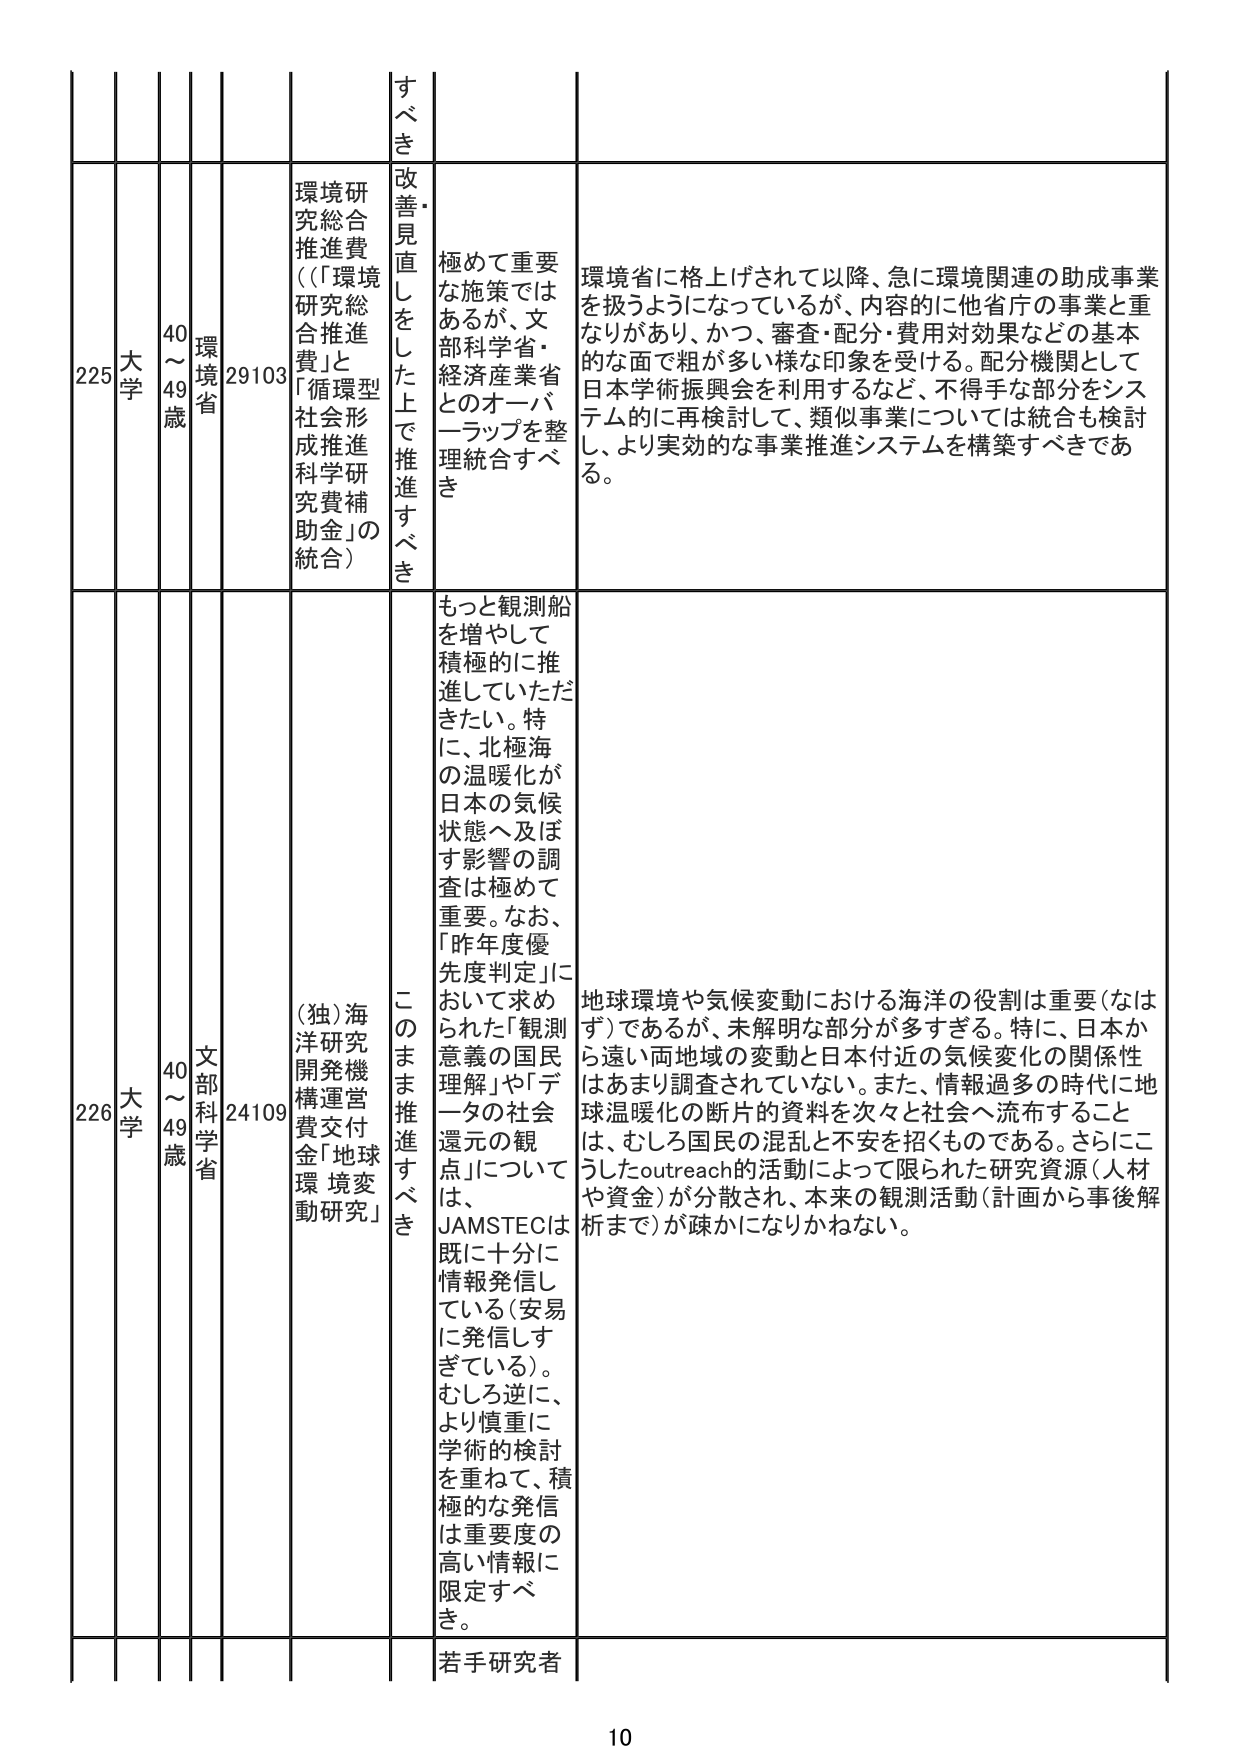
225 大学 40～49歳 環境省 29103 環境研究総合推進費（（「環境研究総合推進費」と「循環型社会形成推進科学研究費補助金」の統合） すべき 改善・見直しをした上で推進すべき 極めて重要な施策ではあるが、文部科学省・経済産業省とのオーバーラップを整理統合すべき 環境省に格上げされて以降、急に環境関連の助成事業を扱うようになっているが、内容的に他省庁の事業と重なりがあり、かつ、審査・配分・費用対効果などの基本的な面で粗が多い様な印象を受ける。配分機関として日本学術振興会を利用するなど、不得手な部分をシステム的に再検討して、類似事業については統合も検討し、より実効的な事業推進システムを構築すべきである。

226 大学 40～49歳 文部科学省 24109 （独）海洋研究開発機構運営費交付金「地球環境変動研究」 このまま推進すべき もっと観測船を増やして積極的に推進していただきたい。特に、北極海の温暖化が日本の気候状態へ及ぼす影響の調査は極めて重要。なお、「昨年度優先度判定」において求められた「観測意義の国民理解」や「データの社会還元の観点」については、JAMSTECは既に十分に情報発信している（安易に発信しすぎている）。むしろ逆に、より慎重に学術的検討を重ねて、積極的な発信は重要度の高い情報に限定すべき。 地球環境や気候変動における海洋の役割は重要（なはず）であるが、未解明な部分が多すぎる。特に、日本から遠い両地域の変動と日本付近の気候変化の関係性はあまり調査されていない。また、情報過多の時代に地球温暖化の断片的資料を次々と社会へ流布することは、むしろ国民の混乱と不安を招くものである。さらにこうしたoutreachの活動によって限られた研究資源（人材や資金）が分散され、本来の観測活動（計画から事後解析まで）が疎かになりかねない。

若手研究者

10